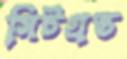
সিটগ্রস্ত